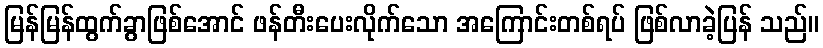
မြန်မြန်ထွက်ခွာဖြစ်အောင် ဖန်တီးပေးလိုက်သော အကြောင်းတစ်ရပ် ဖြစ်လာခဲ့ပြန် သည်။